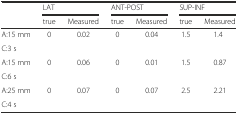
<table><thead><tr><td rowspan="2"></td><td colspan="2"><b>LAT</b></td><td colspan="2"><b>ANT-POST</b></td><td colspan="2"><b>SUP-INF</b></td></tr><tr><td><b>true</b></td><td><b>Measured</b></td><td><b>true</b></td><td><b>Measured</b></td><td><b>true</b></td><td><b>Measured</b></td></tr></thead><tbody><tr><td>A:15 mm</td><td rowspan="2">0</td><td rowspan="2">0.02</td><td rowspan="2">0</td><td rowspan="2">0.04</td><td rowspan="2">1.5</td><td rowspan="2">1.4</td></tr><tr><td>C:3 s</td></tr><tr><td>A:15 mm</td><td rowspan="2">0</td><td rowspan="2">0.06</td><td rowspan="2">0</td><td rowspan="2">0.01</td><td rowspan="2">1.5</td><td rowspan="2">0.87</td></tr><tr><td>C:6 s</td></tr><tr><td>A:25 mm</td><td rowspan="2">0</td><td rowspan="2">0.07</td><td rowspan="2">0</td><td rowspan="2">0.07</td><td rowspan="2">2.5</td><td rowspan="2">2.21</td></tr><tr><td>C:4 s</td></tr></tbody></table>